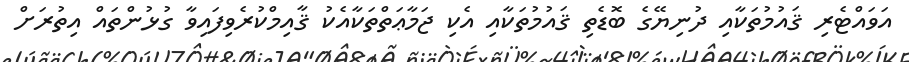
އަވައްޓެރި ޤައުމުތަކާއި ދުނިޔޭގެ ބޮޑެތި ޤައުމުތަކާއި އެކި ޖަމާޢަތްތަކާއެކު ޤާއިމްކުރެވިފައިވާ ގުޅުންތައް އިތުރަށް